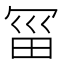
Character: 𰃱